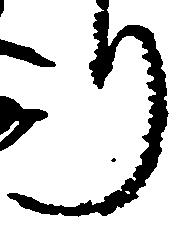
り